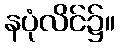
နပုံလိင်၌။